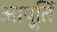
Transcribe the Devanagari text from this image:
आपू्र्ति